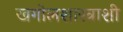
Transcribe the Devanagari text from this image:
खगोलशास्त्राशी